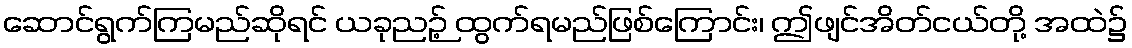
ဆောင်ရွက်ကြမည်ဆိုရင် ယခုညဉ့် ထွက်ရမည်ဖြစ်ကြောင်း၊ ဤဖျင်အိတ်ငယ်တို့ အထဲ၌